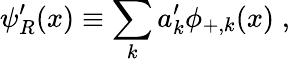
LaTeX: \psi_{R}^{\prime}(x)\equiv\sum_{k}a_{k}^{\prime}\phi_{+,k}(x)\; ,